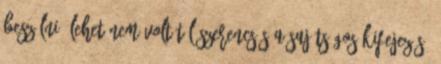
beszélni. Lehet nem volt túl szerencsés a sajátságos kifejezés.